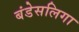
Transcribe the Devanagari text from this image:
बंडेसलिगा